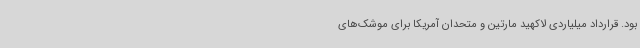
بود. قرارداد میلیاردی لاکهید مارتین و متحدان آمریکا برای موشک‌های